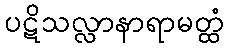
ပဋိသလ္လာနာရာမတ္ထံ